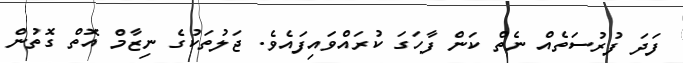
ފަދަ ފުރުސަތެއް ނެތް ކަން ފާހަގަ ކުރައްވައިފައެވެ. ޖަލުތަކުގެ ނިޒާމް އޮތް ގޮތުން